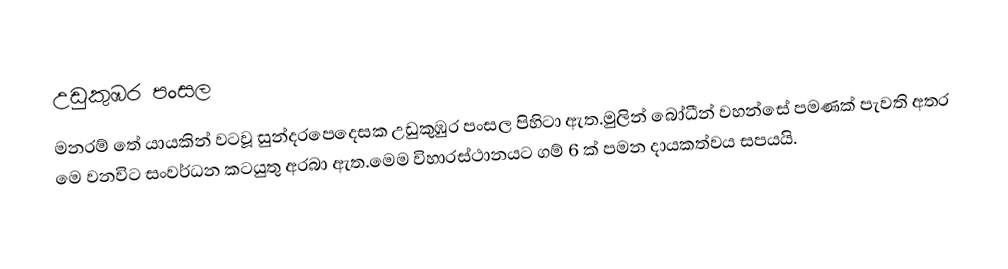
උඩුකුඹර පංසල
මනරම් තේ යායකින් වටවූ සුන්දරපෙදෙසක උඩුකුඹුර පංසල පිහිටා ඇත.මුලින් බෝධීන් වහන්සේ පමණක් පැවති අතර මෙ වනවිට සංවර්ධන කටයුතු අරබා ඇත.මෙම විහාරස්ථානයට ගම් 6 ක් පමන දායකත්වය සපයයි.